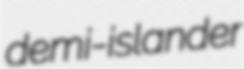
demi-islander